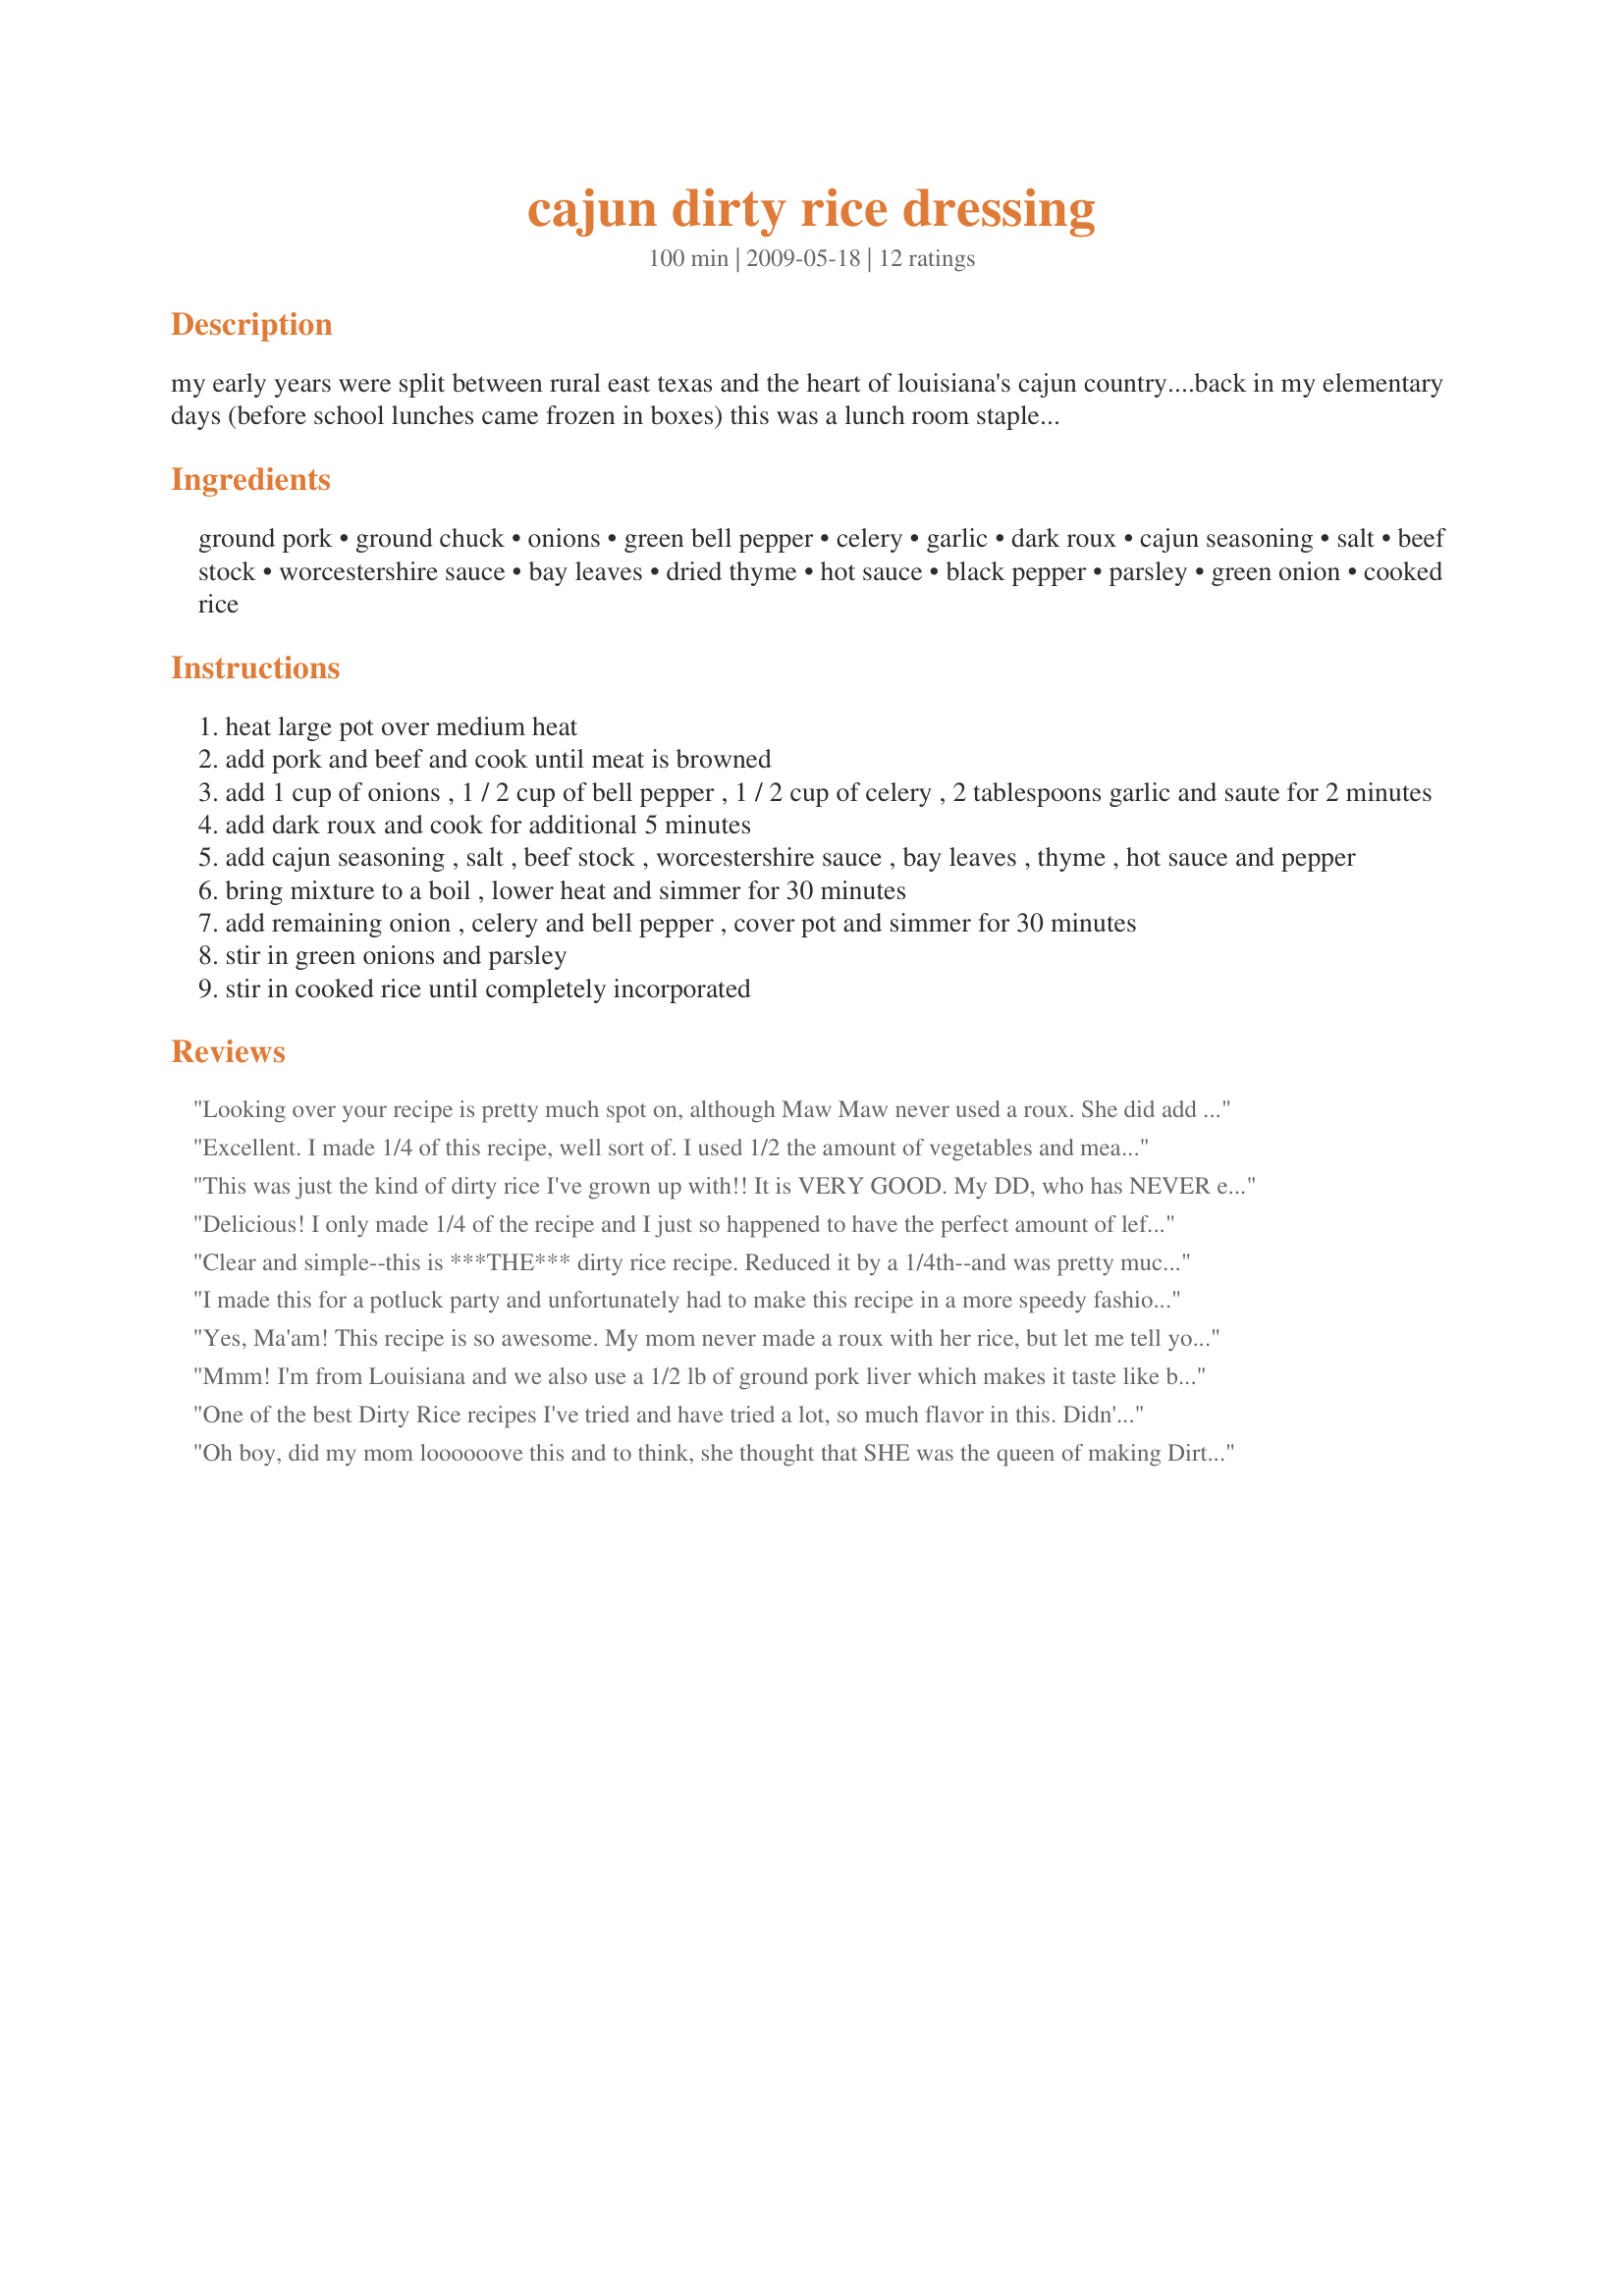
cajun dirty rice dressing
Preparation time: 100 minutes

my early years were split between rural east texas and the heart of louisiana's cajun country....back in my elementary days (before school lunches came frozen in boxes) this was a lunch room staple in lafayette, louisiana.....prepared daily by the mother's of my cajun friends who worked part time in the school cafeteria. to this day a big helping of hot dirty rice takes me back to 4th grade! this recipe, from chef patrick mould, calls for ground pork and beef only; which works well for me because, if i'm the one doing the cooking, i simply can not deal with chicken livers!

this makes a lot of dirty rice....so if your not cooking for a lunch room full of hungry kids, you may want to 1/2 or even 1/4 the recipe.

for the 'dark roux' i recommend you reference recipe #47651 by chef #15851

Ingredients:
ground pork, ground chuck, onions, green bell pepper, celery, garlic, dark roux, cajun seasoning, salt, beef stock, worcestershire sauce, bay leaves, dried thyme, hot sauce, black pepper, parsley, green onion, cooked rice

Steps:
heat large pot over medium heat
add pork and beef and cook until meat is browned
add 1 cup of onions , 1 / 2 cup of bell pepper , 1 / 2 cup of celery , 2 tablespoons garlic and saute for 2 minutes
add dark roux and cook for additional 5 minutes
add cajun seasoning , salt , beef stock , worcestershire sauce , bay leaves , thyme , hot sauce and pepper
bring mixture to a boil , lower heat and simmer for 30 minutes
add remaining onion , celery and bell pepper , cover pot and simmer for 30 minutes
stir in green onions and parsley
stir in cooked rice until completely incorporated

Reviews:
Looking over your recipe is pretty much spot on, although Maw Maw never used a roux. She did add a couple more ingredients though...when adding the rice to the meat, she would crack a couple raw eggs after about 1/3 of the rice was mixed in. She said it made it moist. She would also add mustard. Don't know why, she just did. And lastly, she said stir, stir, stir...not a single grain of rice could be left white!!! I still make it this way and my kids expect it and grand kids love paw paws rice dressing.
Excellent. I made 1/4 of this recipe, well sort of. I used 1/2 the amount of vegetables and meat,and cut the spices and rice by a 1/4. I used 1/3 of the roux recipe suggested. With the extra meat and vegetables I had a main course. I would like to play around with the spices a little, I was thinking of next time adding a little dry mustard and oregano.Thanks for this.
This was just the kind of dirty rice I've grown up with!! It is VERY GOOD. My DD, who has NEVER eaten dirty rice(by choice), enjoyed this. I am so happy I know how to make a "good" dirty rice from scratch now!!:) THANK YOU SO MUCH FOR SHARING!!!
Delicious! I only made 1/4 of the recipe and I just so happened to have the perfect amount of leftover plain white rice for this recipe. Great taste of New Orleans. Made for the Epicurean Queens ZWT5: French/Cajun/Creole.
Clear and simple--this is ***THE*** dirty rice recipe. Reduced it by a 1/4th--and was pretty much winging it with regard to portions. I used pork sausage only and anahiem peppers instead of regular green. This was great--perfect, no less. Will never look for another dirty rice recipe. THIS IS IT!
I made this for a potluck party and unfortunately had to make this recipe in a more speedy fashion than the directions dictated...but all's well! I had made the white rice the night before so on the night I put it together I browned the ground beef in a skillet and about halfway through cooking tossed in the veggies, garlic and roux. Let it finish cooking off, then tossed in all the seasonings and the water with boullion granules and had it on an agressive simmer for about 10 minutes, stirring often. Then, tossed with the rice and reheated the next day in a crockpot. Perfect- delish and couldn't ask for better. The smell in our house was DEVINE.
Yes, Ma'am! This recipe is so awesome. My mom never made a roux with her rice, but let me tell you that it is a much welcomed addition. My DH was trying to see if he could eat the whole pot by himself. I subbed ground venison & so. style venison sausage. Delicious!
Mmm! I'm from Louisiana and we also use a 1/2 lb of ground pork liver which makes it taste like boudin. Definitely not as much rice. I put around 2 to 3 cups in mine. I usually use water but beef or chicken broth would give it more flavor.
One of the best Dirty Rice recipes I've tried and have tried a lot, so much flavor in this. Didn't change a thing and wouldn't want to - this is about as perfect as it can get in my opinion. Thanks so much for posting
Oh boy, did my mom loooooove this and to think, she thought that SHE was the queen of making Dirty Rice. Well, La-Te-Da! Made for PRMR.
Dirty rice that I can find locally really doesn't do it for me, it generally doesn't have enough flavor and the ingredients don't come together so well. With that said I almost never have dirty rice outside of Louisiana and my great uncle that used to make it for the family passed away a few years ago. A colleague made this for a Christmas potluck today and this recipe does dirty rice justice and brought me right back to being in a small old home packed to the brim with family and incredible food. Thank you so much!
I live in Nigeria, so some of the ingredients are hard to come by.like the parsley, roux and chuck. Even celery. What do I do?
